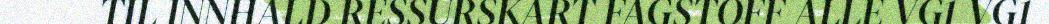
TIL INNHALD RESSURSKART FAGSTOFF ALLE VG1 VG1